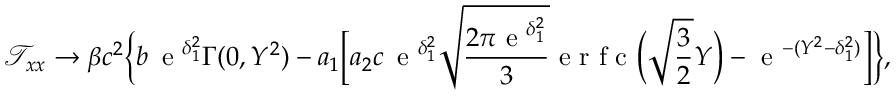
\mathcal { T } _ { x x } \to \beta c ^ { 2 } \biggl \{ b \, \textrm { e } ^ { \delta _ { 1 } ^ { 2 } } \Gamma ( 0 , Y ^ { 2 } ) - a _ { 1 } \biggl [ a _ { 2 } c \, \textrm { e } ^ { \delta _ { 1 } ^ { 2 } } \sqrt { \frac { 2 \pi \textrm { e } ^ { \delta _ { 1 } ^ { 2 } } } { 3 } } \textrm { e r f c } \biggl ( \sqrt { \frac { 3 } { 2 } } Y \biggr ) - \textrm { e } ^ { - ( Y ^ { 2 } - \delta _ { 1 } ^ { 2 } ) } \biggr ] \biggr \} ,